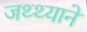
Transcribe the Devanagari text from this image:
जथ्थ्याने